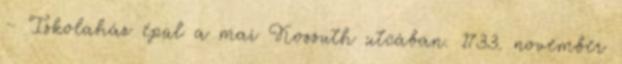
– Iskolaház épül a mai Kossuth utcában. 1733. november